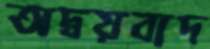
অদ্বয়বাদ